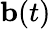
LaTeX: {\mathbf b}(t)